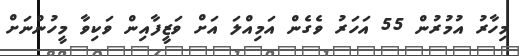
މިހާރު އުމުރުން 55 އަހަރު ވެގެން އަމިއްލަ އަށް ވަޒީފާއިން ވަކިވާ މީހުންނަށް